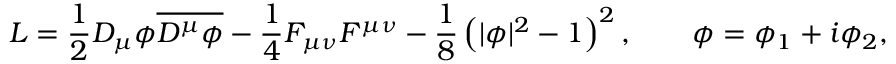
{ \cal L } = { \frac { 1 } { 2 } } D _ { \mu } \phi { \overline { { { D ^ { \mu } \phi } } } } - { \frac { 1 } { 4 } } F _ { \mu \nu } F ^ { \mu \nu } - { \frac { 1 } { 8 } } \left( | \phi | ^ { 2 } - 1 \right) ^ { 2 } , \qquad \phi = \phi _ { 1 } + i \phi _ { 2 } ,